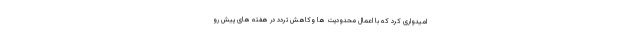
امیدواری کرد که با اعمال محدودیت ها وکاهش تردد در هفته های پیش رو